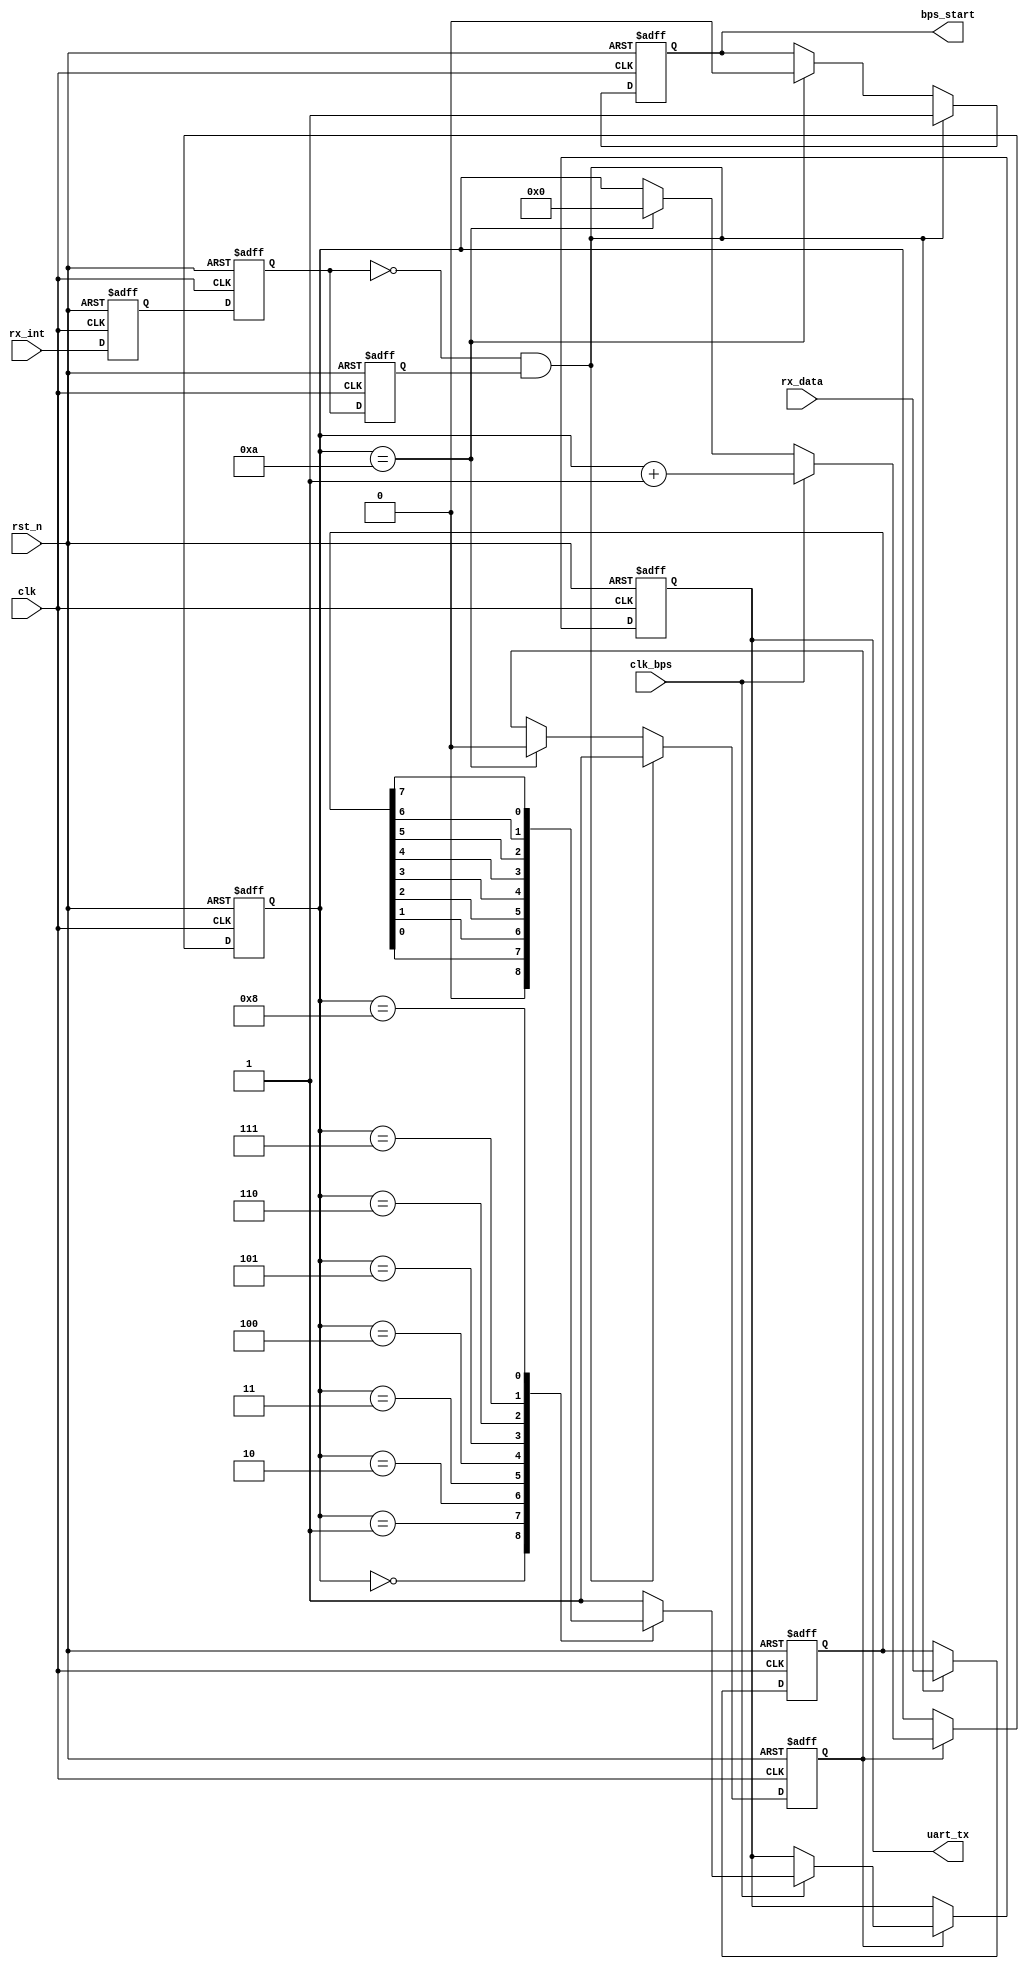
// This program was cloned from: https://github.com/verimake-team/SparkRoad-V
// License: MIT License

module my_uart_tx
(
	input			clk,
	input			rst_n,
	input	[7:0]	rx_data,
	input			rx_int,
	output			uart_tx,
	input			clk_bps,
	output			bps_start
);

//---------------------------------------------------------
reg 	rx_int0,rx_int1,rx_int2;	//rx_int
wire 	neg_rx_int;					//rx_int

always @ (posedge clk or negedge rst_n)
begin 
	if(!rst_n) 
    begin
		rx_int0 <= 1'b0;
		rx_int1 <= 1'b0;
		rx_int2 <= 1'b0;
	end
	else 
    begin
		rx_int0 <= rx_int;
		rx_int1 <= rx_int0;
		rx_int2 <= rx_int1;
	end
end

assign neg_rx_int =  ~rx_int1 & rx_int2;	//neg_rx_int

//---------------------------------------------------------
reg	[7:0] 	tx_data;		//
reg 		bps_start_r;
reg 		tx_en;			//
reg	[3:0] 	num;

always @ (posedge clk or negedge rst_n)
begin 
	if(!rst_n) 
    begin
		bps_start_r <= 1'bz;
		tx_en 		<= 1'b0;
		tx_data 	<= 8'd0;
	end
	else if(neg_rx_int) 
    begin		                    //
		bps_start_r <= 1'b1;
		tx_data 	<= rx_data;		//
		tx_en 		<= 1'b1;		//
	end
	else if(num == 4'd10) 
    begin		                    //
		bps_start_r <= 1'b0;
		tx_en		<= 1'b0;
	end
end

assign bps_start = bps_start_r;

//---------------------------------------------------------
reg uart_tx_r;

always @ (posedge clk or negedge rst_n)
begin
	if(!rst_n) 
    begin
		num 		<= 4'd0;
		uart_tx_r 	<= 1'b1;
	end
	else if(tx_en) 
    begin
		if(clk_bps)	
        begin
			num <= num+1'b1;
			case (num)
				4'd0: uart_tx_r <= 1'b0; 		//
				4'd1: uart_tx_r <= tx_data[0];	//bit0
				4'd2: uart_tx_r <= tx_data[1];	//bit1
				4'd3: uart_tx_r <= tx_data[2];	//bit2
				4'd4: uart_tx_r <= tx_data[3];	//bit3
				4'd5: uart_tx_r <= tx_data[4];	//bit4
				4'd6: uart_tx_r <= tx_data[5];	//bit5
				4'd7: uart_tx_r <= tx_data[6];	//bit6
				4'd8: uart_tx_r <= tx_data[7];	//bit7
				4'd9: uart_tx_r <= 1'b1;		//
			 	default: uart_tx_r <= 1'b1;
			endcase
		end
		else if(num == 4'd10)
                num <= 4'd0;		
	end
end

assign uart_tx = uart_tx_r;

endmodule